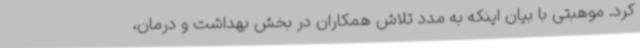
کرد. موهبتی با بیان اینکه به مدد تلاش همکاران در بخش بهداشت و درمان،